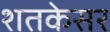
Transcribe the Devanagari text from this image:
शतकेसर